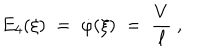
E _ { 4 } ( \xi ) \; = \; \dot { \varphi } ( \xi ) \; = \; \frac V \ell ~ ,